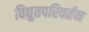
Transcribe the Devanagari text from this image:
विद्युतपरिवर्तन